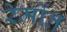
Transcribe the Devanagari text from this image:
रेमोंत